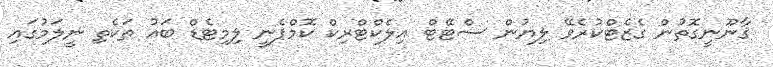
ޤާނޫނީގޮތުން ގެޒެޓްކުރެވޭ ލިޔުން ސްޓޭޓް އިލެކްޓްރިކް ކޮމްޕެނީ ލިމިޓެޑް ބައު ތަކެތި ނީލަމުގައި